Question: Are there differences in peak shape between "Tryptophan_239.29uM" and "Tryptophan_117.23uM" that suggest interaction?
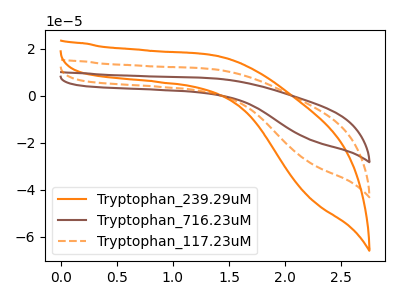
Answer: <think>The orange curve "Tryptophan_239.29uM" has no peaks. The brown curve "Tryptophan_716.23uM" has no peaks. The orange dashed curve "Tryptophan_117.23uM" has no peaks.
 Neither "Tryptophan_239.29uM" or "Tryptophan_117.23uM" have any peaks.</think>
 <answer>No, "Tryptophan_239.29uM" and "Tryptophan_117.23uM" don't appear to be significantly different in shape</answer>
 <eval>no_change</eval>